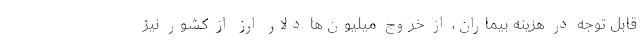
قابل توجه در هزینه بیماران، از خروج میلیون‌‌ها دلار ارز از کشور نیز